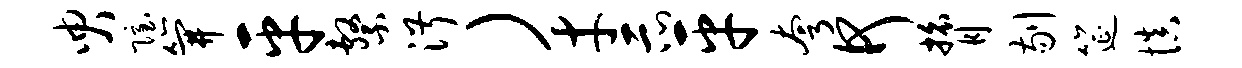
臾隐笄平系淑）才示平夸何膂剔筵慎